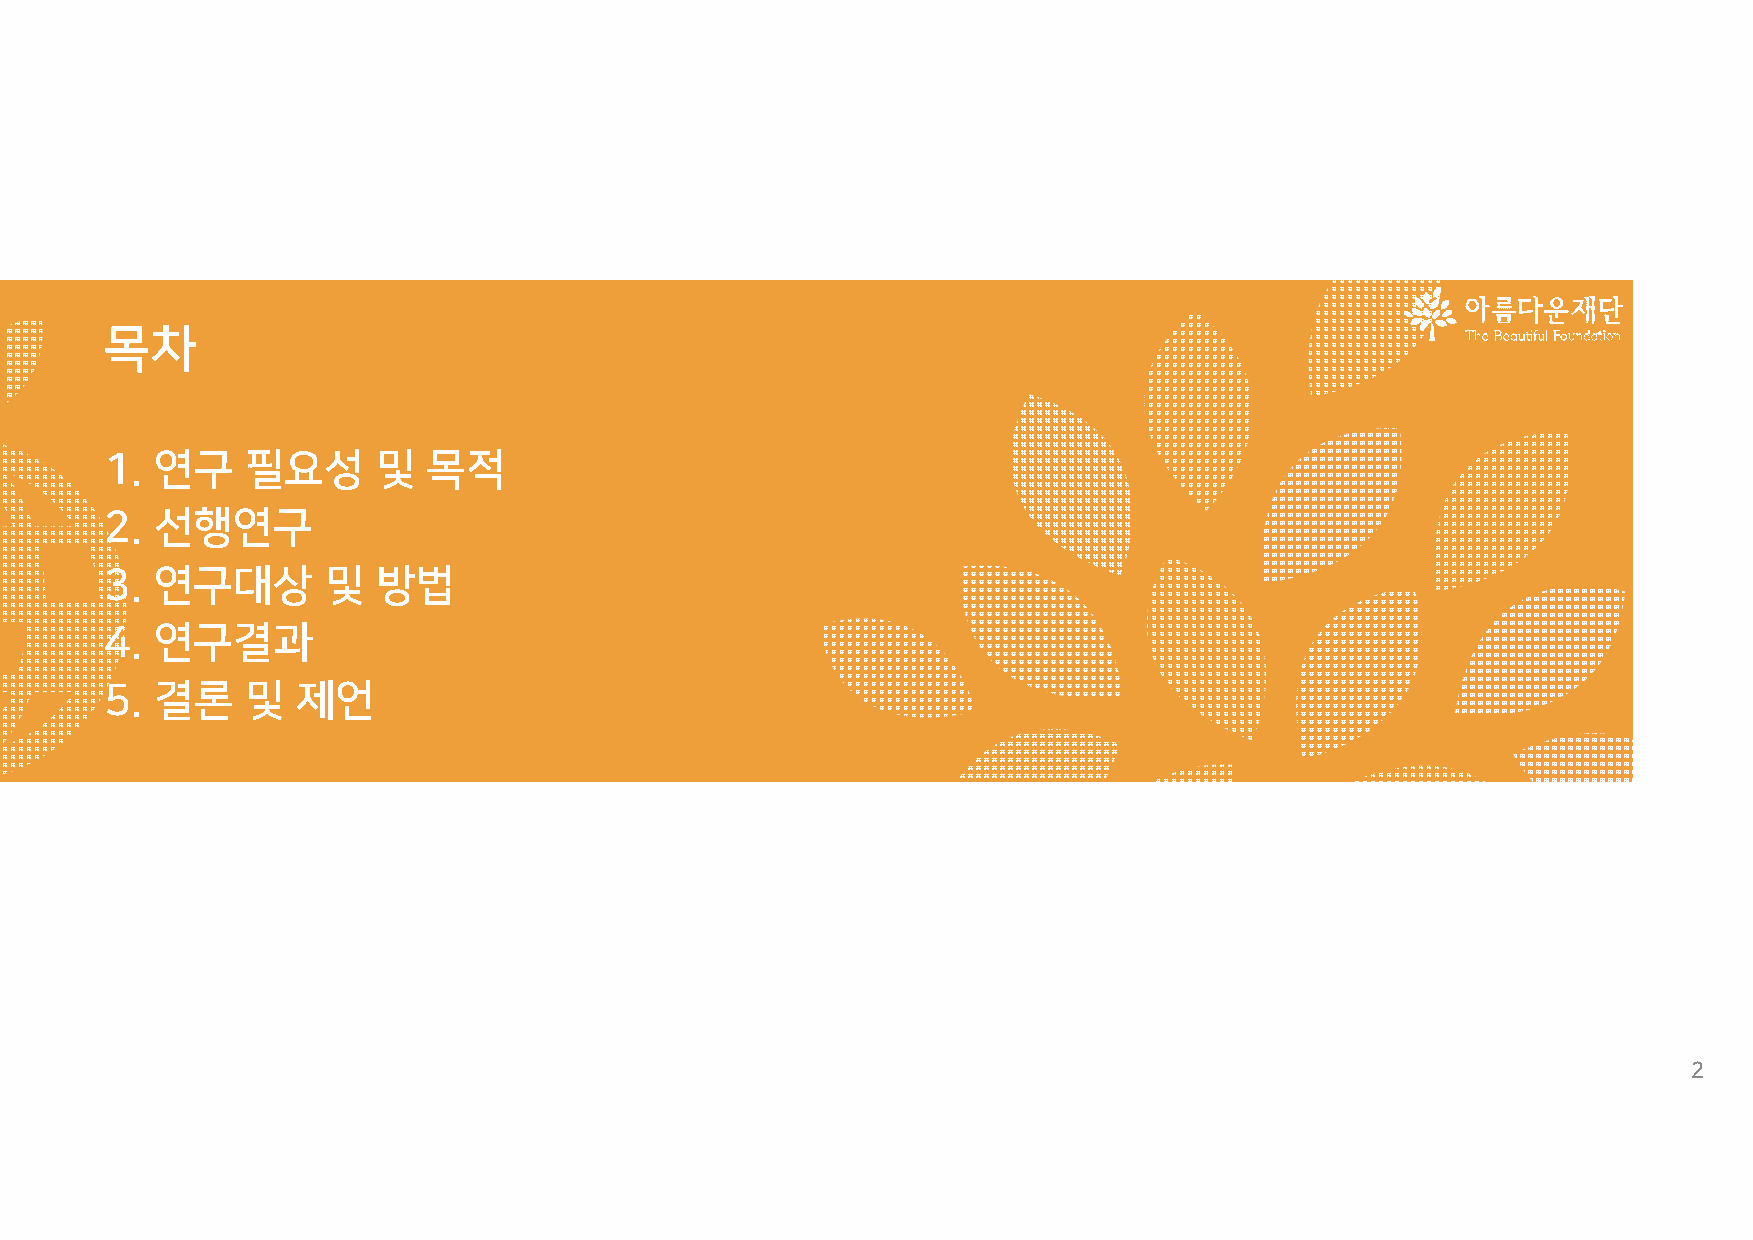
목차
 1.연구    필요성      및  목적
 2.선행연구
 3.연구대상       및   방법
 4.연구결과
 5.결론    및   제언
 2